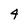
Character: 4